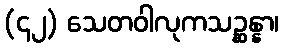
(၄၂) သေတဝါလုကသဉ္ဆန္နာ၊